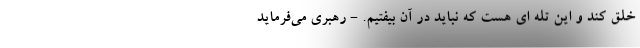
خلق کند و این تله ای هست که نباید در آن بیفتیم. - رهبری می‌فرماید